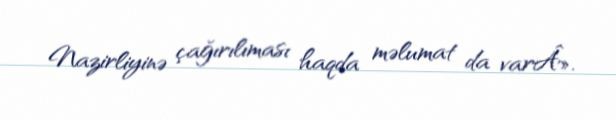
Nazirliyinə çağırılıması haqda məlumat da varÂ».